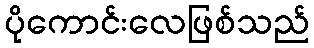
ပိုကောင်းလေဖြစ်သည်